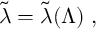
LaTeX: \tilde { \lambda } = \tilde { \lambda } ( \Lambda ) \; ,